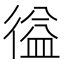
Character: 𭛽